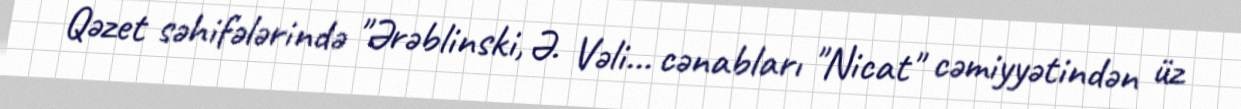
Qəzet səhifələrində "Ərəblinski, Ə. Vəli… cənabları "Nicat" cəmiyyətindən üz